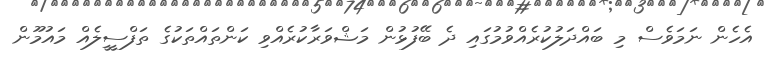
އެހެން ނަމަވެސް މި ބައްދަލުކުރެއްވުމުގައި ދެ ބޭފުޅުން މަޝްވަރާކުރެއްވި ކަންތައްތަކުގެ ތަފްސީީލެއް މައުމޫން